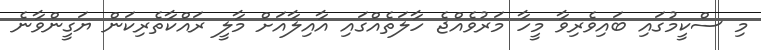
މި ސްކީމުގައި ބައިވެރިވާ މީހާ މަރުވެއްޖެ ހާލަތެއްގައި އާއިލާއަށް މާލީ ރައްކާތެރިކަން ޔަގީންވާނެ